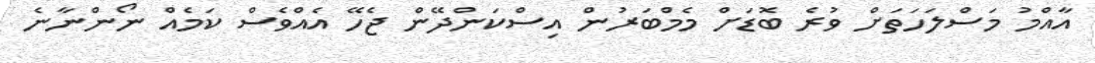
އާއްމު މަސްލަހަތަށް ވުރެ ބޮޑަށް މެމްބަރުން އިސްކަންދޭން ޖެހޭ އެއްވެސް ކަމެއް ނޯންނާނެ